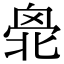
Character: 𠤣